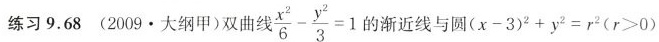
练习9.68 (2009·大纲甲)双曲线$$\frac { x ^ { 2 } } { 6 } - \frac { y ^ { 2 } } { 3 } = 1$$的渐近线与圆$$( x - 3 ) ^ { 2 } + y ^ { 2 } = r ^ { 2 }$$ ($$r > 0$$)